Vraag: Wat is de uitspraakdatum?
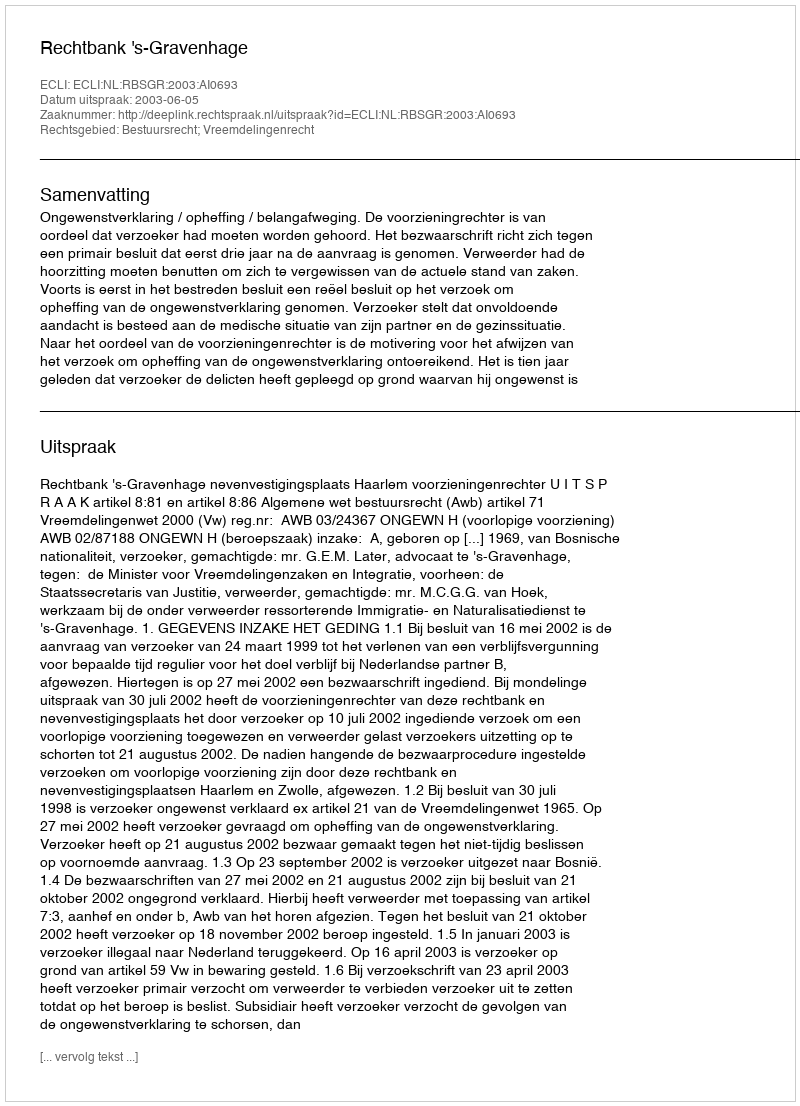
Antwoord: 2003-06-05